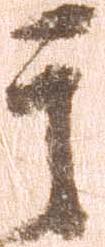
其